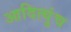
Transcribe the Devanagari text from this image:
आदित्युंच